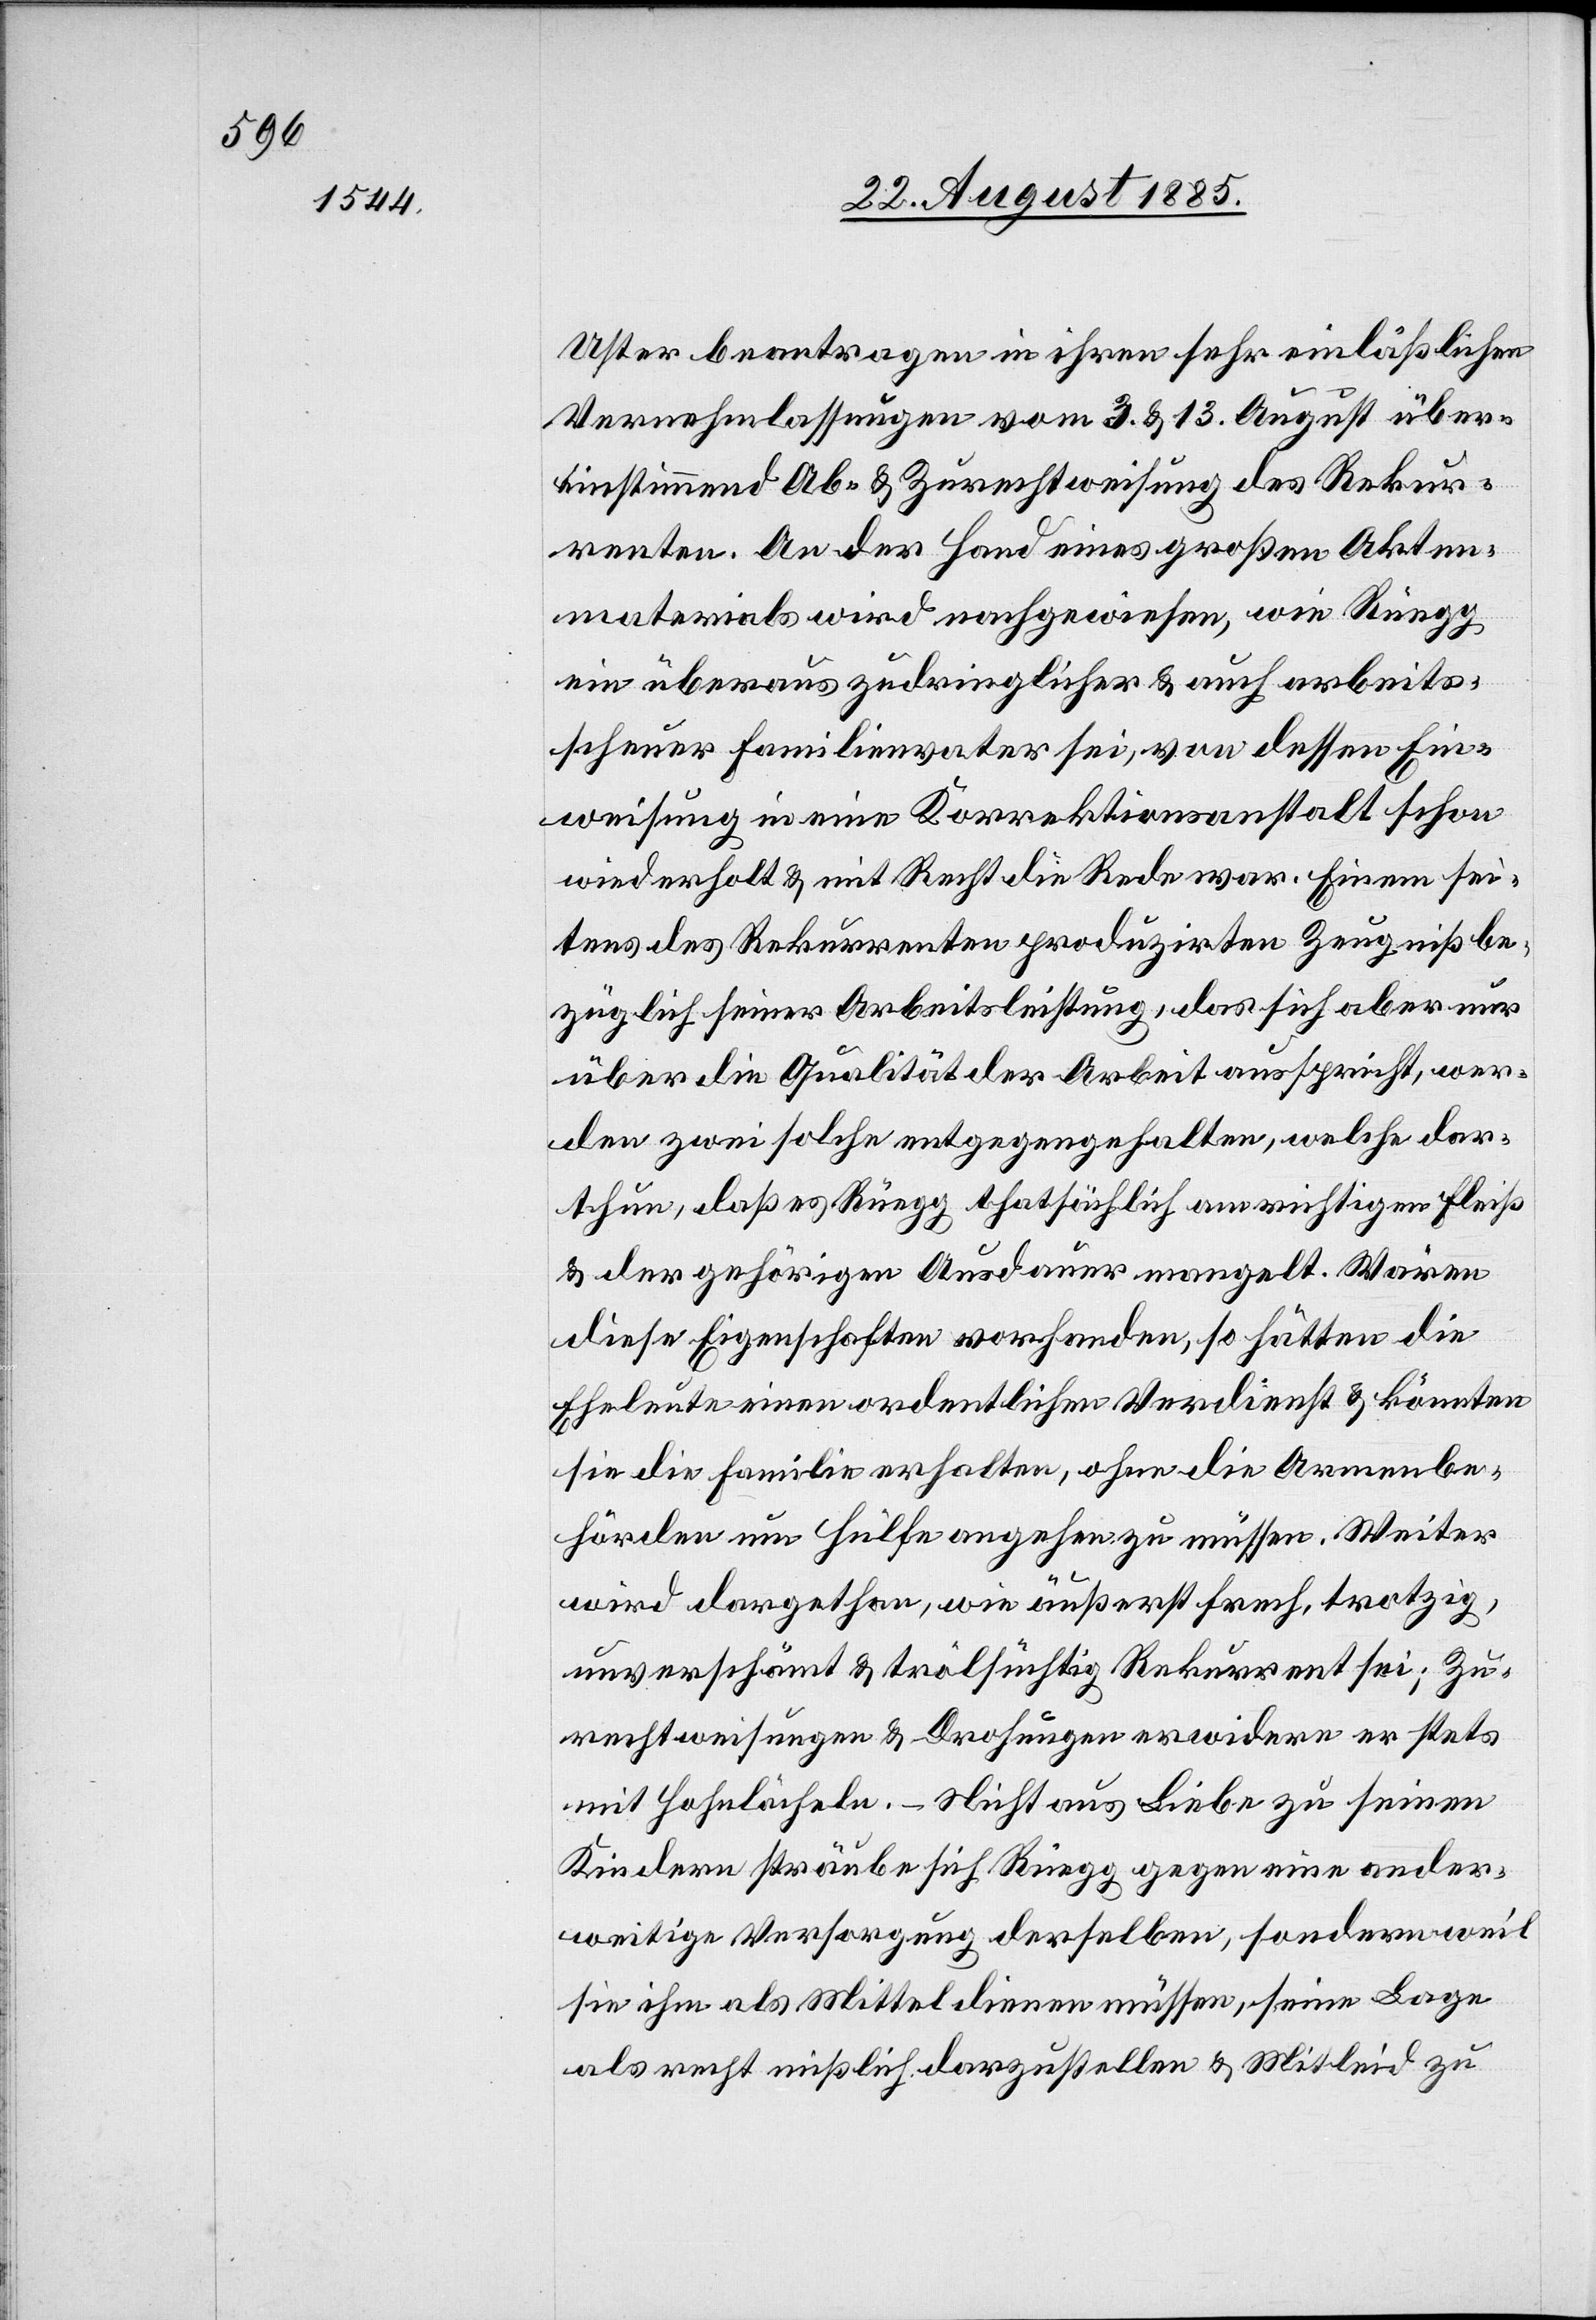
Uster beantragen in ihren sehr einläßlichen
Vernehmlassungen vom 3. & 13. August über¬
einstimmend Ab- & Zurechtweisung des Rekur¬
renten. An der Hand eines großen Akten¬
materials wird nachgewiesen, wie Rüegg
ein überaus zudringlicher & auch arbeits¬
scheuer Familienvater sei, von dessen Ein¬
weisung in eine Korrektionsanstalt schon
wiederholt & mit Recht die Rede war. Einem sei¬
tens des Rekurrenten produzirten Zeugniß be¬
züglich seiner Arbeitsleistung, das sich aber nur
über die Qualität der Arbeit ausspricht, wer¬
den zwei solche entgegengehalten, welche dar¬
thun, daß es Rüegg thatsächlich am richtigen Fleiß
& der gehörigen Ausdauer mangelt. Wären
diese Eigenschaften vorhanden, so hätten die
Eheleute einen ordentlichen Verdienst & könnten
sie die Familie erhalten, ohne die Armenbe¬
hörden um Hülfe angehen zu müssen. Weiter
wird dargethan, wie äußerst frech, trotzig,
unverschämt & trölsüchtig Rekurrent sei; Zu¬
rechtweisungen & Drohungen erwidere er stets
mit Hohnlächeln. Nicht aus Liebe zu seinen
Kindern sträube sich Rüegg gegen eine ander¬
weitige Versorgung derselben, sondern weil
sie ihm als Mittel dienen müssen, seine Lage
als recht mißlich darzustellen & Mitleid zu